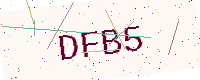
Text: DFB5